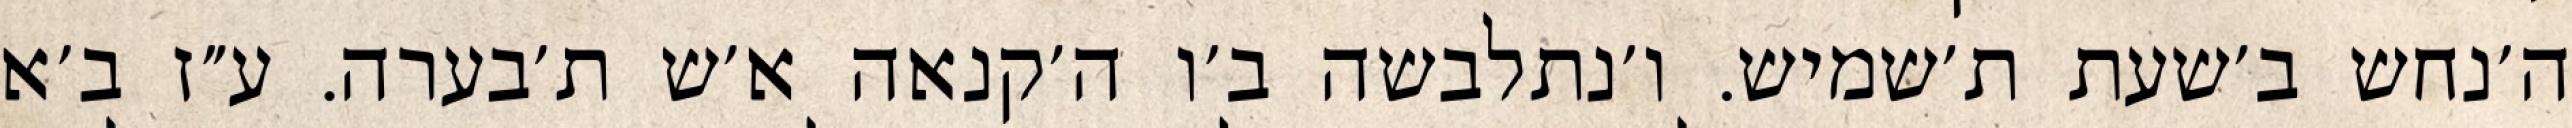
ה׳נחש ב׳שעת ת׳שמיש. ו׳נתלבשה ב׳ו ה׳קנאה א׳ש ת׳בערה. ע״ז ב׳א